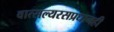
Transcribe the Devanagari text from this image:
वात्सल्यरसप्रधानही